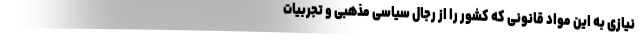
نیازی به این مواد قانونی که کشور را از رجال سیاسی مذهبی و تجربیات